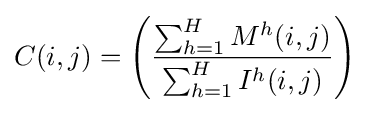
C(i,j)=\left({\frac {\textstyle \sum _{h=1}^{H}M^{h}(i,j)\displaystyle }{\sum _{h=1}^{H}I^{h}(i,j)}}\right)